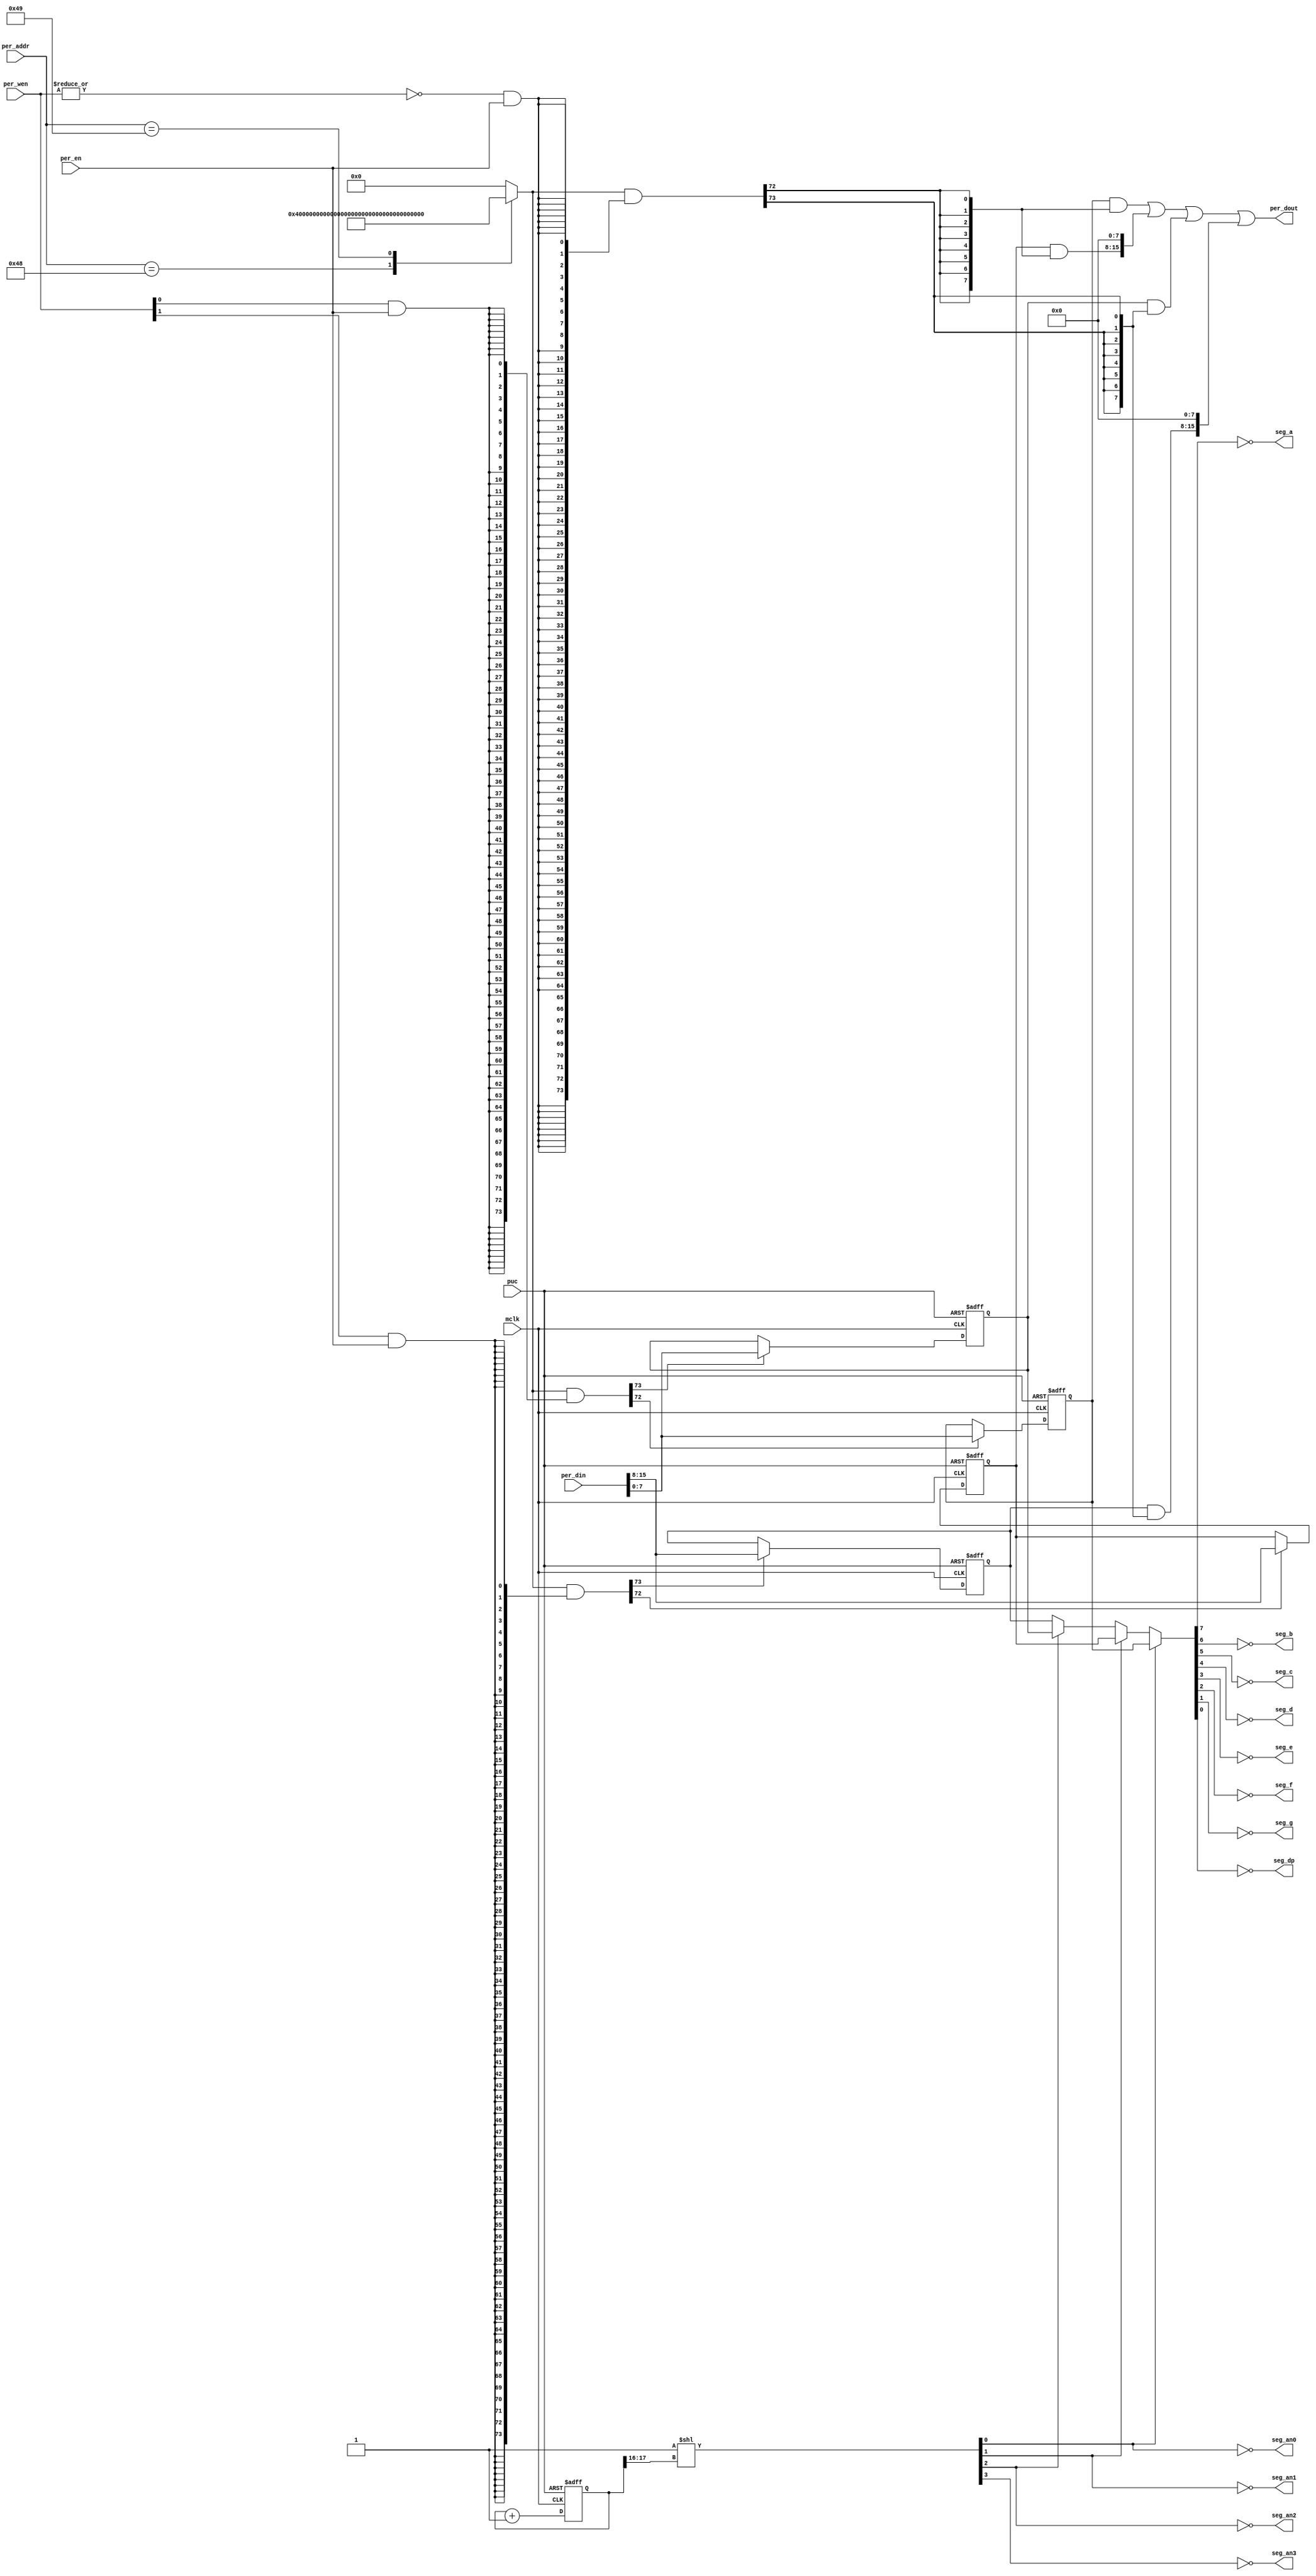
module  driver_7segment (

// OUTPUTs
    per_dout,                       // Peripheral data output
    seg_a,                          // Segment A control
    seg_b,                          // Segment B control
    seg_c,                          // Segment C control
    seg_d,                          // Segment D control
    seg_e,                          // Segment E control
    seg_f,                          // Segment F control
    seg_g,                          // Segment G control
    seg_dp,                         // Segment DP control
    seg_an0,                        // Anode 0 control
    seg_an1,                        // Anode 1 control
    seg_an2,                        // Anode 2 control
    seg_an3,                        // Anode 3 control

// INPUTs
    mclk,                           // Main system clock
    per_addr,                       // Peripheral address
    per_din,                        // Peripheral data input
    per_en,                         // Peripheral enable (high active)
    per_wen,                        // Peripheral write enable (high active)
    puc                             // Main system reset
);

// OUTPUTs
//=========
output      [15:0] per_dout;        // Peripheral data output
output             seg_a;           // Segment A control
output             seg_b;           // Segment B control
output             seg_c;           // Segment C control
output             seg_d;           // Segment D control
output             seg_e;           // Segment E control
output             seg_f;           // Segment F control
output             seg_g;           // Segment G control
output             seg_dp;          // Segment DP control
output             seg_an0;         // Anode 0 control
output             seg_an1;         // Anode 1 control
output             seg_an2;         // Anode 2 control
output             seg_an3;         // Anode 3 control

// INPUTs
//=========
input              mclk;            // Main system clock
input        [7:0] per_addr;        // Peripheral address
input       [15:0] per_din;         // Peripheral data input
input              per_en;          // Peripheral enable (high active)
input        [1:0] per_wen;         // Peripheral write enable (high active)
input              puc;             // Main system reset


//=============================================================================
// 1)  PARAMETER DECLARATION
//=============================================================================

// Register addresses
parameter          DIGIT0    = 9'h090;
parameter          DIGIT1    = 9'h091;
parameter          DIGIT2    = 9'h092;
parameter          DIGIT3    = 9'h093;

   
// Register one-hot decoder
parameter          DIGIT0_D  = (256'h1 << (DIGIT0 /2));
parameter          DIGIT1_D  = (256'h1 << (DIGIT1 /2)); 
parameter          DIGIT2_D  = (256'h1 << (DIGIT2 /2)); 
parameter          DIGIT3_D  = (256'h1 << (DIGIT3 /2)); 


//============================================================================
// 2)  REGISTER DECODER
//============================================================================

// Register address decode
reg  [255:0]  reg_dec; 
always @(per_addr)
  case (per_addr)
    (DIGIT0 /2):   reg_dec   = DIGIT0_D;
    (DIGIT1 /2):   reg_dec   = DIGIT1_D;
    (DIGIT2 /2):   reg_dec   = DIGIT2_D;
    (DIGIT3 /2):   reg_dec   = DIGIT3_D;
    default    :   reg_dec   = {256{1'b0}};
  endcase

// Read/Write probes
wire         reg_lo_write =  per_wen[0] & per_en;
wire         reg_hi_write =  per_wen[1] & per_en;
wire         reg_read     = ~|per_wen   & per_en;

// Read/Write vectors
wire [255:0] reg_hi_wr    = reg_dec & {256{reg_hi_write}};
wire [255:0] reg_lo_wr    = reg_dec & {256{reg_lo_write}};
wire [255:0] reg_rd       = reg_dec & {256{reg_read}};


//============================================================================
// 3) REGISTERS
//============================================================================

// DIGIT0 Register
//-----------------
reg  [7:0] digit0;

wire       digit0_wr  = DIGIT0[0] ? reg_hi_wr[DIGIT0/2] : reg_lo_wr[DIGIT0/2];
wire [7:0] digit0_nxt = DIGIT0[0] ? per_din[15:8]       : per_din[7:0];

always @ (posedge mclk or posedge puc)
  if (puc)            digit0 <=  8'h00;
  else if (digit0_wr) digit0 <=  digit0_nxt;

   
// DIGIT1 Register
//-----------------
reg  [7:0] digit1;

wire       digit1_wr  = DIGIT1[0] ? reg_hi_wr[DIGIT1/2] : reg_lo_wr[DIGIT1/2];
wire [7:0] digit1_nxt = DIGIT1[0] ? per_din[15:8]       : per_din[7:0];

always @ (posedge mclk or posedge puc)
  if (puc)            digit1 <=  8'h00;
  else if (digit1_wr) digit1 <=  digit1_nxt;

   
// DIGIT2 Register
//-----------------
reg  [7:0] digit2;

wire       digit2_wr  = DIGIT2[0] ? reg_hi_wr[DIGIT2/2] : reg_lo_wr[DIGIT2/2];
wire [7:0] digit2_nxt = DIGIT2[0] ? per_din[15:8]       : per_din[7:0];

always @ (posedge mclk or posedge puc)
  if (puc)            digit2 <=  8'h00;
  else if (digit2_wr) digit2 <=  digit2_nxt;

   
// DIGIT3 Register
//-----------------
reg  [7:0] digit3;

wire       digit3_wr  = DIGIT3[0] ? reg_hi_wr[DIGIT3/2] : reg_lo_wr[DIGIT3/2];
wire [7:0] digit3_nxt = DIGIT3[0] ? per_din[15:8]       : per_din[7:0];

always @ (posedge mclk or posedge puc)
  if (puc)            digit3 <=  8'h00;
  else if (digit3_wr) digit3 <=  digit3_nxt;


//============================================================================
// 4) DATA OUTPUT GENERATION
//============================================================================

// Data output mux
wire [15:0] digit0_rd   = (digit0  & {8{reg_rd[DIGIT0/2]}})  << (8 & {4{DIGIT0[0]}});
wire [15:0] digit1_rd   = (digit1  & {8{reg_rd[DIGIT1/2]}})  << (8 & {4{DIGIT1[0]}});
wire [15:0] digit2_rd   = (digit2  & {8{reg_rd[DIGIT2/2]}})  << (8 & {4{DIGIT2[0]}});
wire [15:0] digit3_rd   = (digit3  & {8{reg_rd[DIGIT3/2]}})  << (8 & {4{DIGIT3[0]}});

wire [15:0] per_dout  =  digit0_rd  |
                         digit1_rd  |
                         digit2_rd  |
                         digit3_rd;

   
//============================================================================
// 5) FOUR-DIGIT, SEVEN-SEGMENT LED DISPLAY DRIVER
//============================================================================

// Anode selection
//------------------

// Free running counter
reg [23:0] anode_cnt;
always @ (posedge mclk or posedge puc)
if (puc) anode_cnt <=  24'h00_0000;
else     anode_cnt <=  anode_cnt+24'h00_0001;

// Anode selection
wire [3:0] seg_an  = (4'h1 << anode_cnt[17:16]);
wire       seg_an0 = ~seg_an[0];
wire       seg_an1 = ~seg_an[1];
wire       seg_an2 = ~seg_an[2];
wire       seg_an3 = ~seg_an[3];


// Segment selection
//----------------------------

wire [7:0] digit  = seg_an[0] ? digit0 :
	            seg_an[1] ? digit1 : 
                    seg_an[2] ? digit2 :
                                digit3;

wire       seg_a  = ~digit[7];
wire       seg_b  = ~digit[6];
wire       seg_c  = ~digit[5];
wire       seg_d  = ~digit[4];
wire       seg_e  = ~digit[3];
wire       seg_f  = ~digit[2];
wire       seg_g  = ~digit[1];
wire       seg_dp = ~digit[0];

	   
endmodule